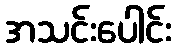
အသင်းပေါင်း